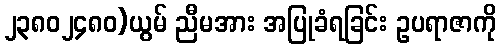
၂၃၈၀၂၄၈၀)ယွမ် ညီမအား အပြုခံရခြင်း ဥပရာဇာကို